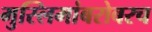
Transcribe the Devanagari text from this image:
मुस्लिमांबरोबरच